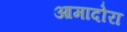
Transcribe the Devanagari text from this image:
आमादोरा